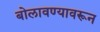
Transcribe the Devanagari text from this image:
बोलावण्यावरून